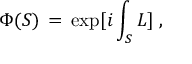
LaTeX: \Phi ( S ) \, = \, \exp [ i \int _ { S } L ] \; ,